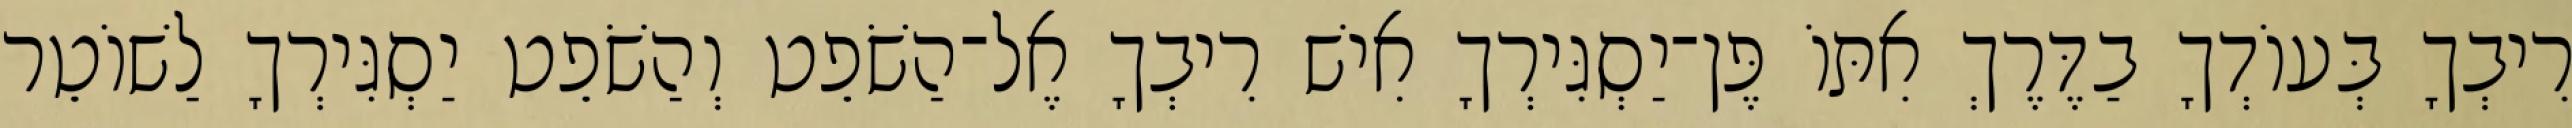
רִיבְךָ בְּעוֹדְךָ בַדֶּרֶךְ אִתּוֹ פֶּן־יַסְגִּירְךָ אִישׁ רִיבְךָ אֶל־הַשֹׁפֵט וְהַשֹׁפֵט יַסְגִּירְךָ לַשׁוֹטֵר